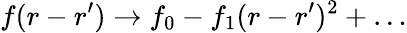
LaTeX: f(r-r^{\prime})\rightarrow f_{0}-f_{1}(r-r^{\prime})^{2}+\dots